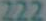
222